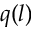
q ( l )